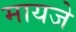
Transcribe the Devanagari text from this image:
मायजे